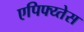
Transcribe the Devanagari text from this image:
एपिफ्य्तेस